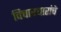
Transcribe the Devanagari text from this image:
विचारधारांचे